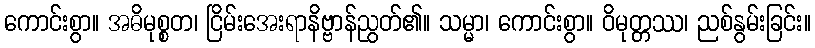
ကောင်းစွာ။ အဓိမုစ္စတ၊ ငြိမ်းအေးရာနိဗ္ဗာန်ညွတ်၏။ သမ္မာ၊ ကောင်းစွာ။ ဝိမုတ္တဿ၊ ညစ်နွမ်းခြင်း။